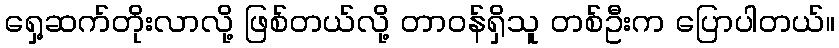
ရှေ့ဆက်တိုးလာလို့ ဖြစ်တယ်လို့ တာဝန်ရှိသူ တစ်ဦးက ပြောပါတယ်။